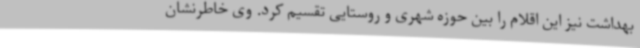
بهداشت نیز این اقلام را بین حوزه شهری و روستایی تقسیم کرد. وی خاطرنشان